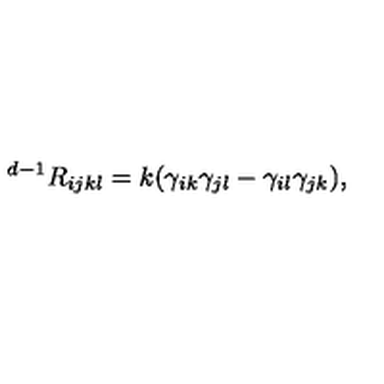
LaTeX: { } ^ { d - 1 } R _ { i j k l } = k ( \gamma _ { i k } \gamma _ { j l } - \gamma _ { i l } \gamma _ { j k } ) ,